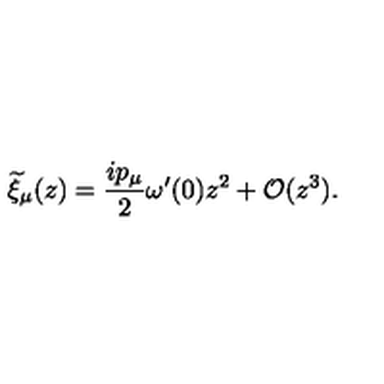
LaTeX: { \widetilde \xi } _ { \mu } ( z ) = { \frac { i p _ { \mu } } { 2 } } \omega ^ { \prime } ( 0 ) z ^ { 2 } + { \cal O } ( z ^ { 3 } ) .